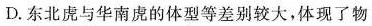
D.东北虑与华南鹿的体型等差别较大，体现了物